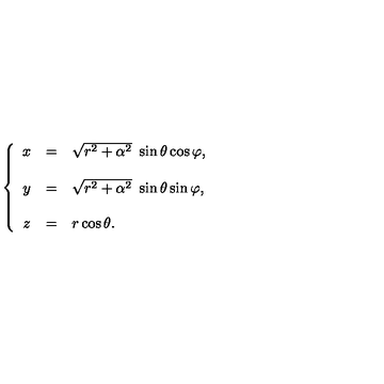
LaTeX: \left\{ \begin{array} { c c l } { x } & { = } & { \sqrt { r ^ { 2 } + \alpha ^ { 2 } } \ \sin { \theta } \cos { \varphi } , } \\ { } & { } & { } \\ { y } & { = } & { \sqrt { r ^ { 2 } + \alpha ^ { 2 } } \ \sin { \theta } \sin { \varphi } , } \\ { } & { } & { } \\ { z } & { = } & { r \cos { \theta } . } \\ \end{array} \right.